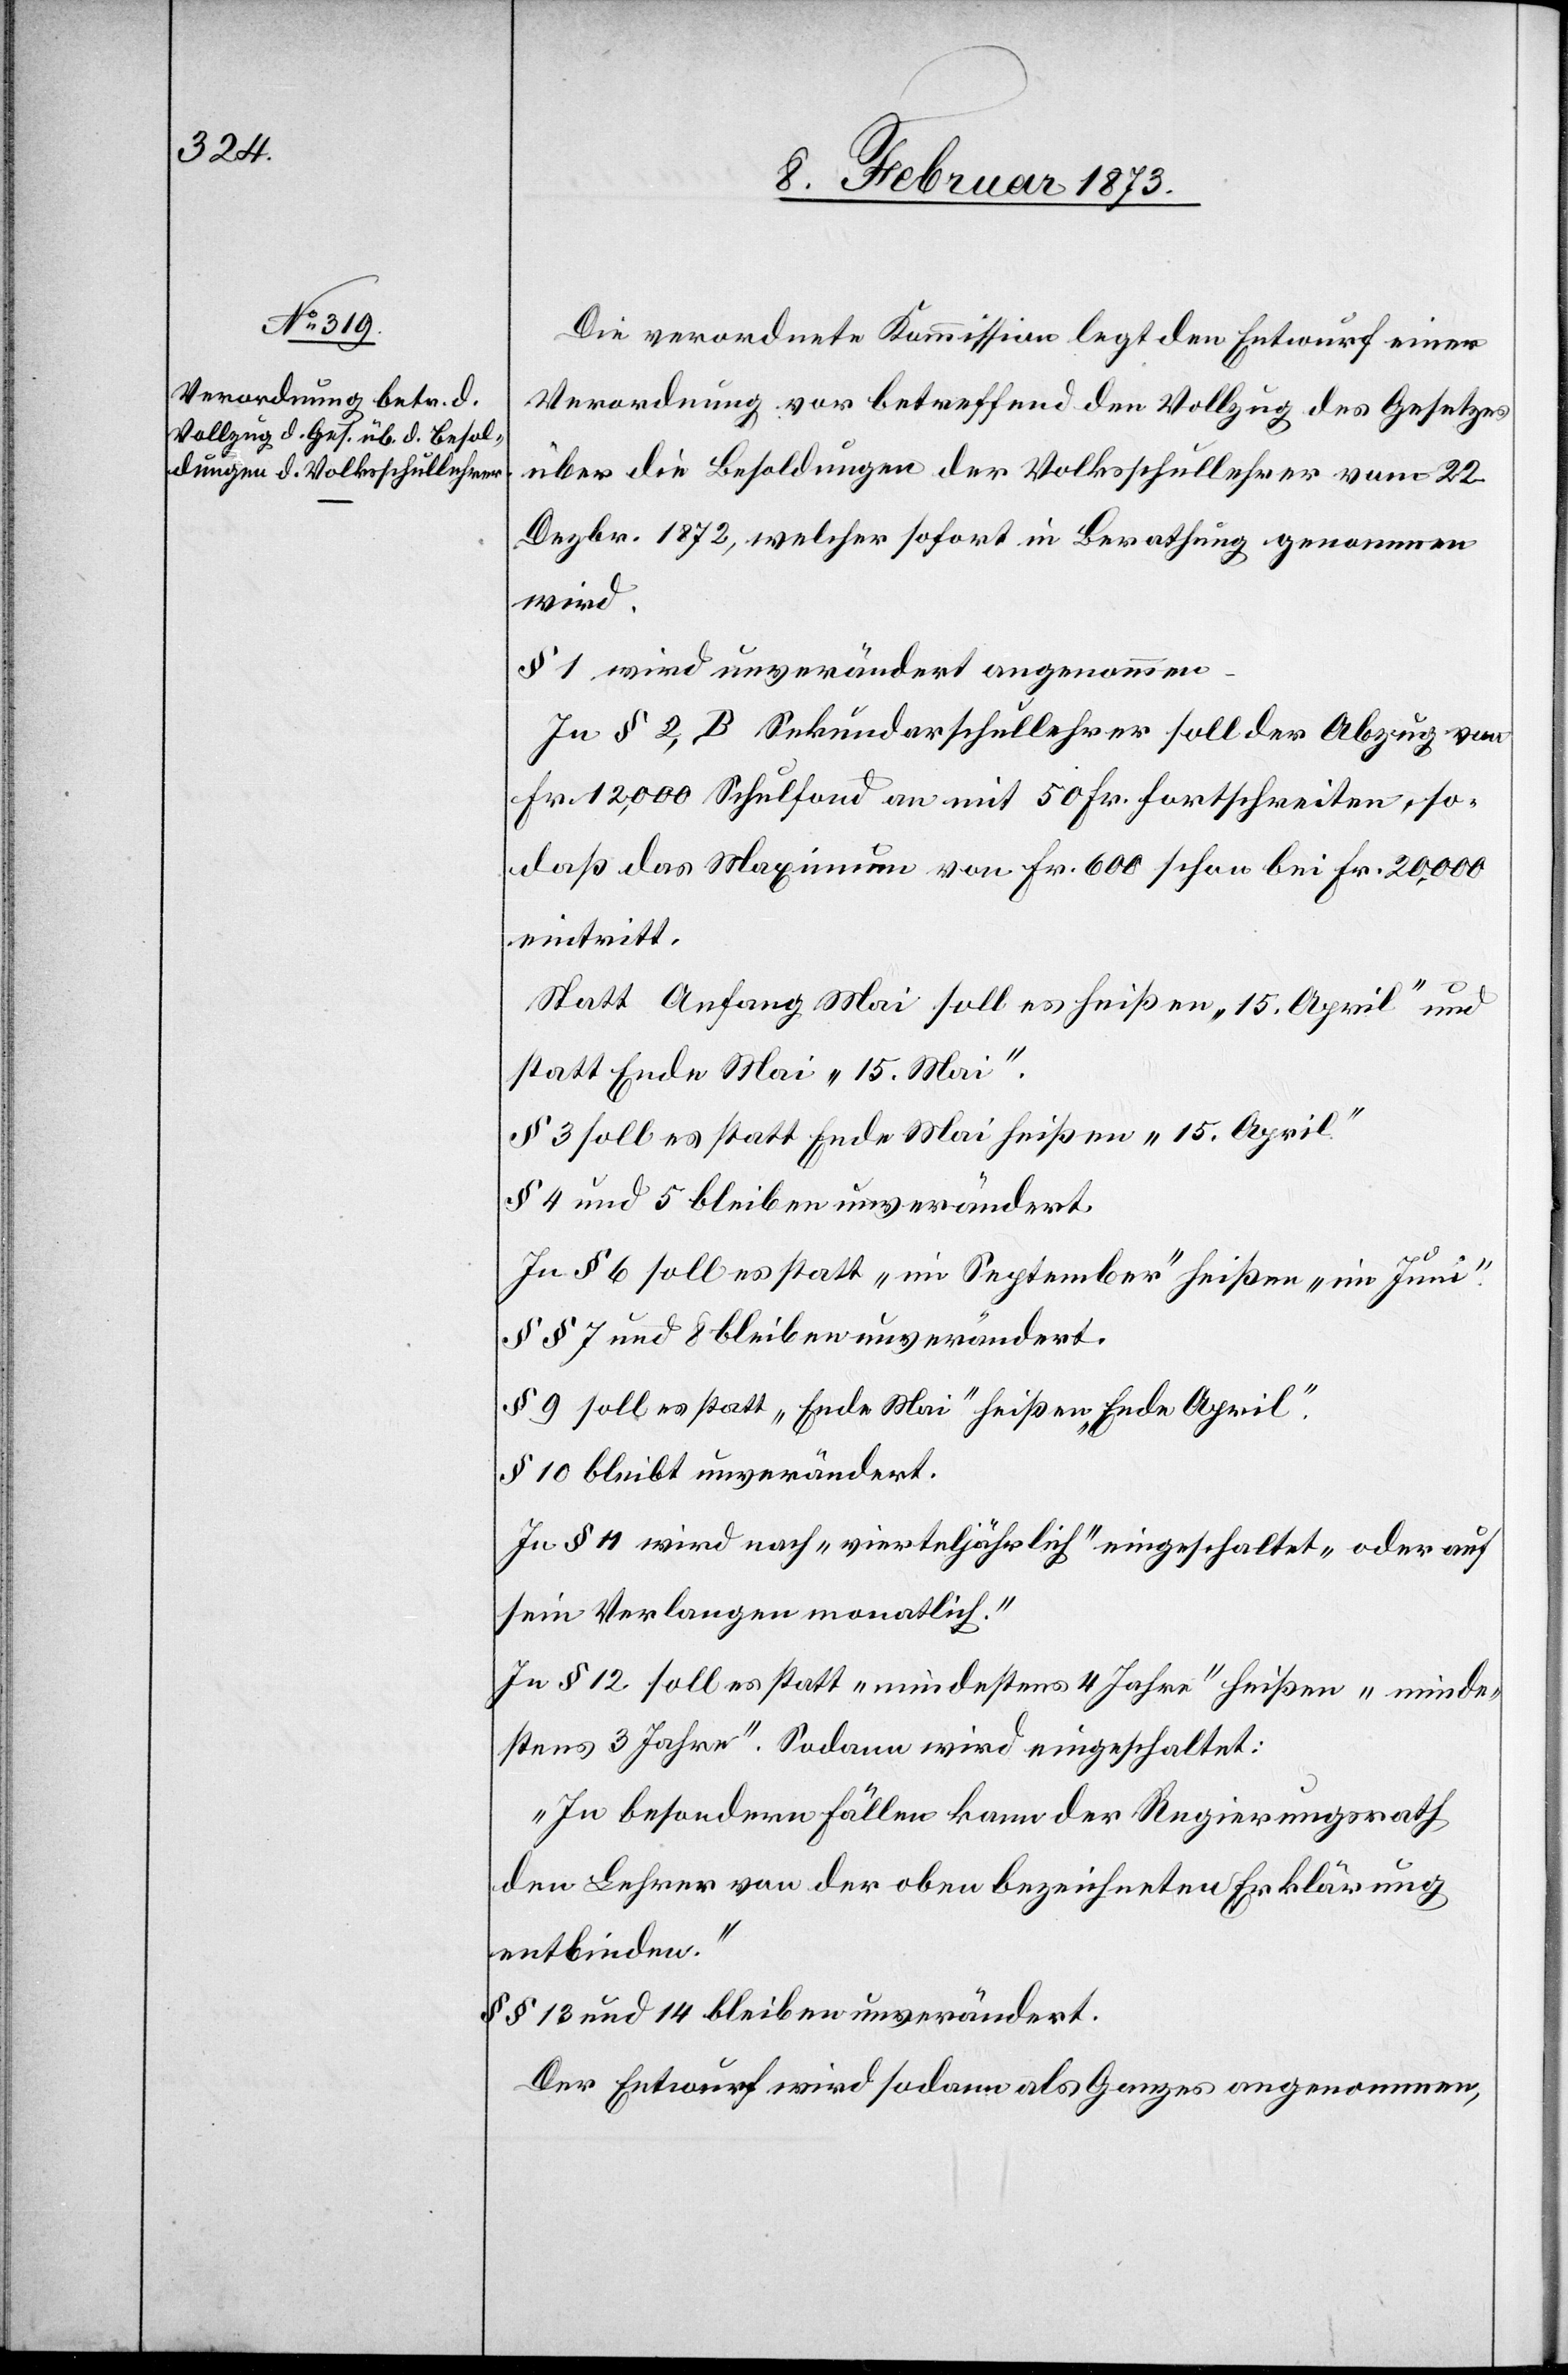
Die verordnete Kommission legt den Entwurf einer
Verordnung vor betreffend den Vollzug des Gesetzes
über die Besoldungen der Volksschullehrer vom 22.
Dezbr. 1872, welcher sofort in Berathung genommen
wird.
§ 1 wird unverändert angenommen.
In § 2, B Sekundarschullehrer soll der Abzug von
Fr. 12,000 Schulfond an mit 50 Fr. fortschreiten, so¬
daß das Maximum von Fr. 600 schon bei Fr. 20,000
eintritt.
Statt Anfang Mai soll es heißen „15. April“ und
statt Ende Mai „15. Mai“.
§ 3 soll es statt Ende Mai heißen „15. April.“
§ 4 und 5 bleiben unverändert.
In § 6 soll es statt „im September“ heißen „im Juni“.
§§ 7 und 8 bleiben unverändert.
§ 9 soll es statt „Ende Mai“ heißen „Ende April“.
§ 10 bleibt unverändert.
In § 11 wird nach „vierteljährlich“ eingeschaltet „oder auf
sein Verlangen monatlich.“
In § 12 soll es statt „mindestens 4 Jahre“ heißen „minde¬
stens 3 Jahre“. Sodann wird eingeschaltet:
„In besondern Fällen kann der Regierungsrath
den Lehrer von der oben bezeichneten Erklärung
entbinden.“
§§ 13 und 14 bleiben unverändert.
Der Entwurf wird sodann als Ganzes angenommen,